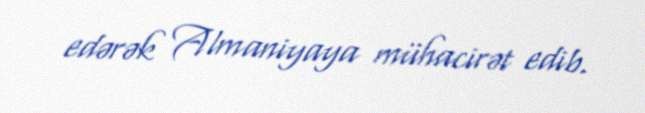
edərək Almaniyaya mühacirət edib.